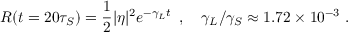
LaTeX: R ( t = 2 0 \tau _ { S } ) = { \frac { 1 } { 2 } } | \eta | ^ { 2 } e ^ { - \gamma _ { L } t } \enspace , \quad \gamma _ { L } / \gamma _ { S } \approx 1 . 7 2 \times 1 0 ^ { - 3 } \ .